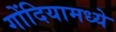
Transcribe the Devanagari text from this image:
गोंदियामध्ये